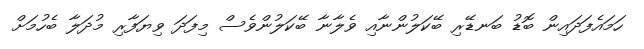
ހަމައެފަދައިން ބޮޑު ބަނޑޭރި ބޭކަލުންނާއި ވެލާނާ ބޭކަލުންވެސް މިފަދަ ވިޔަފާރި މުދަލާ ބެހުމަށް